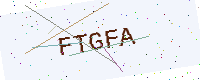
Text: FTGFA